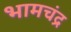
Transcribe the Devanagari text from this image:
भामचंद्र